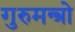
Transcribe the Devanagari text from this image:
गुरुमन्त्रो